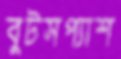
বুটসপ্যাশ